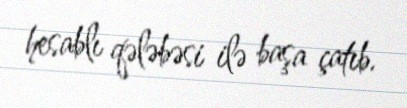
hesablı qələbəsi ilə başa çatıb.